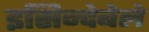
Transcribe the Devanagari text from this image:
इसिन्देबेले